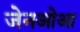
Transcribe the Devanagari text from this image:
जेनओआ